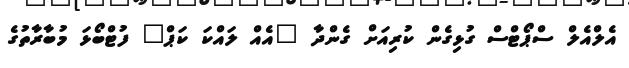
އެލްއެލް ސްޕޯޓްސް ގުޅިގެން ކުރިއަށް ގެންދާ "އެއް ލައްކަ ކަޕް" ފުޓްބޯޅަ މުބާރާތުގެ